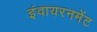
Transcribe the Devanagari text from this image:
इंवायरनमेंट